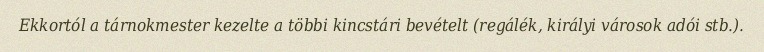
Ekkortól a tárnokmester kezelte a többi kincstári bevételt (regálék, királyi városok adói stb.).